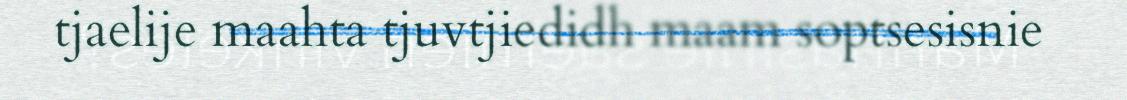
tjaelije maahta tjuvtjiedidh maam soptsesisnie